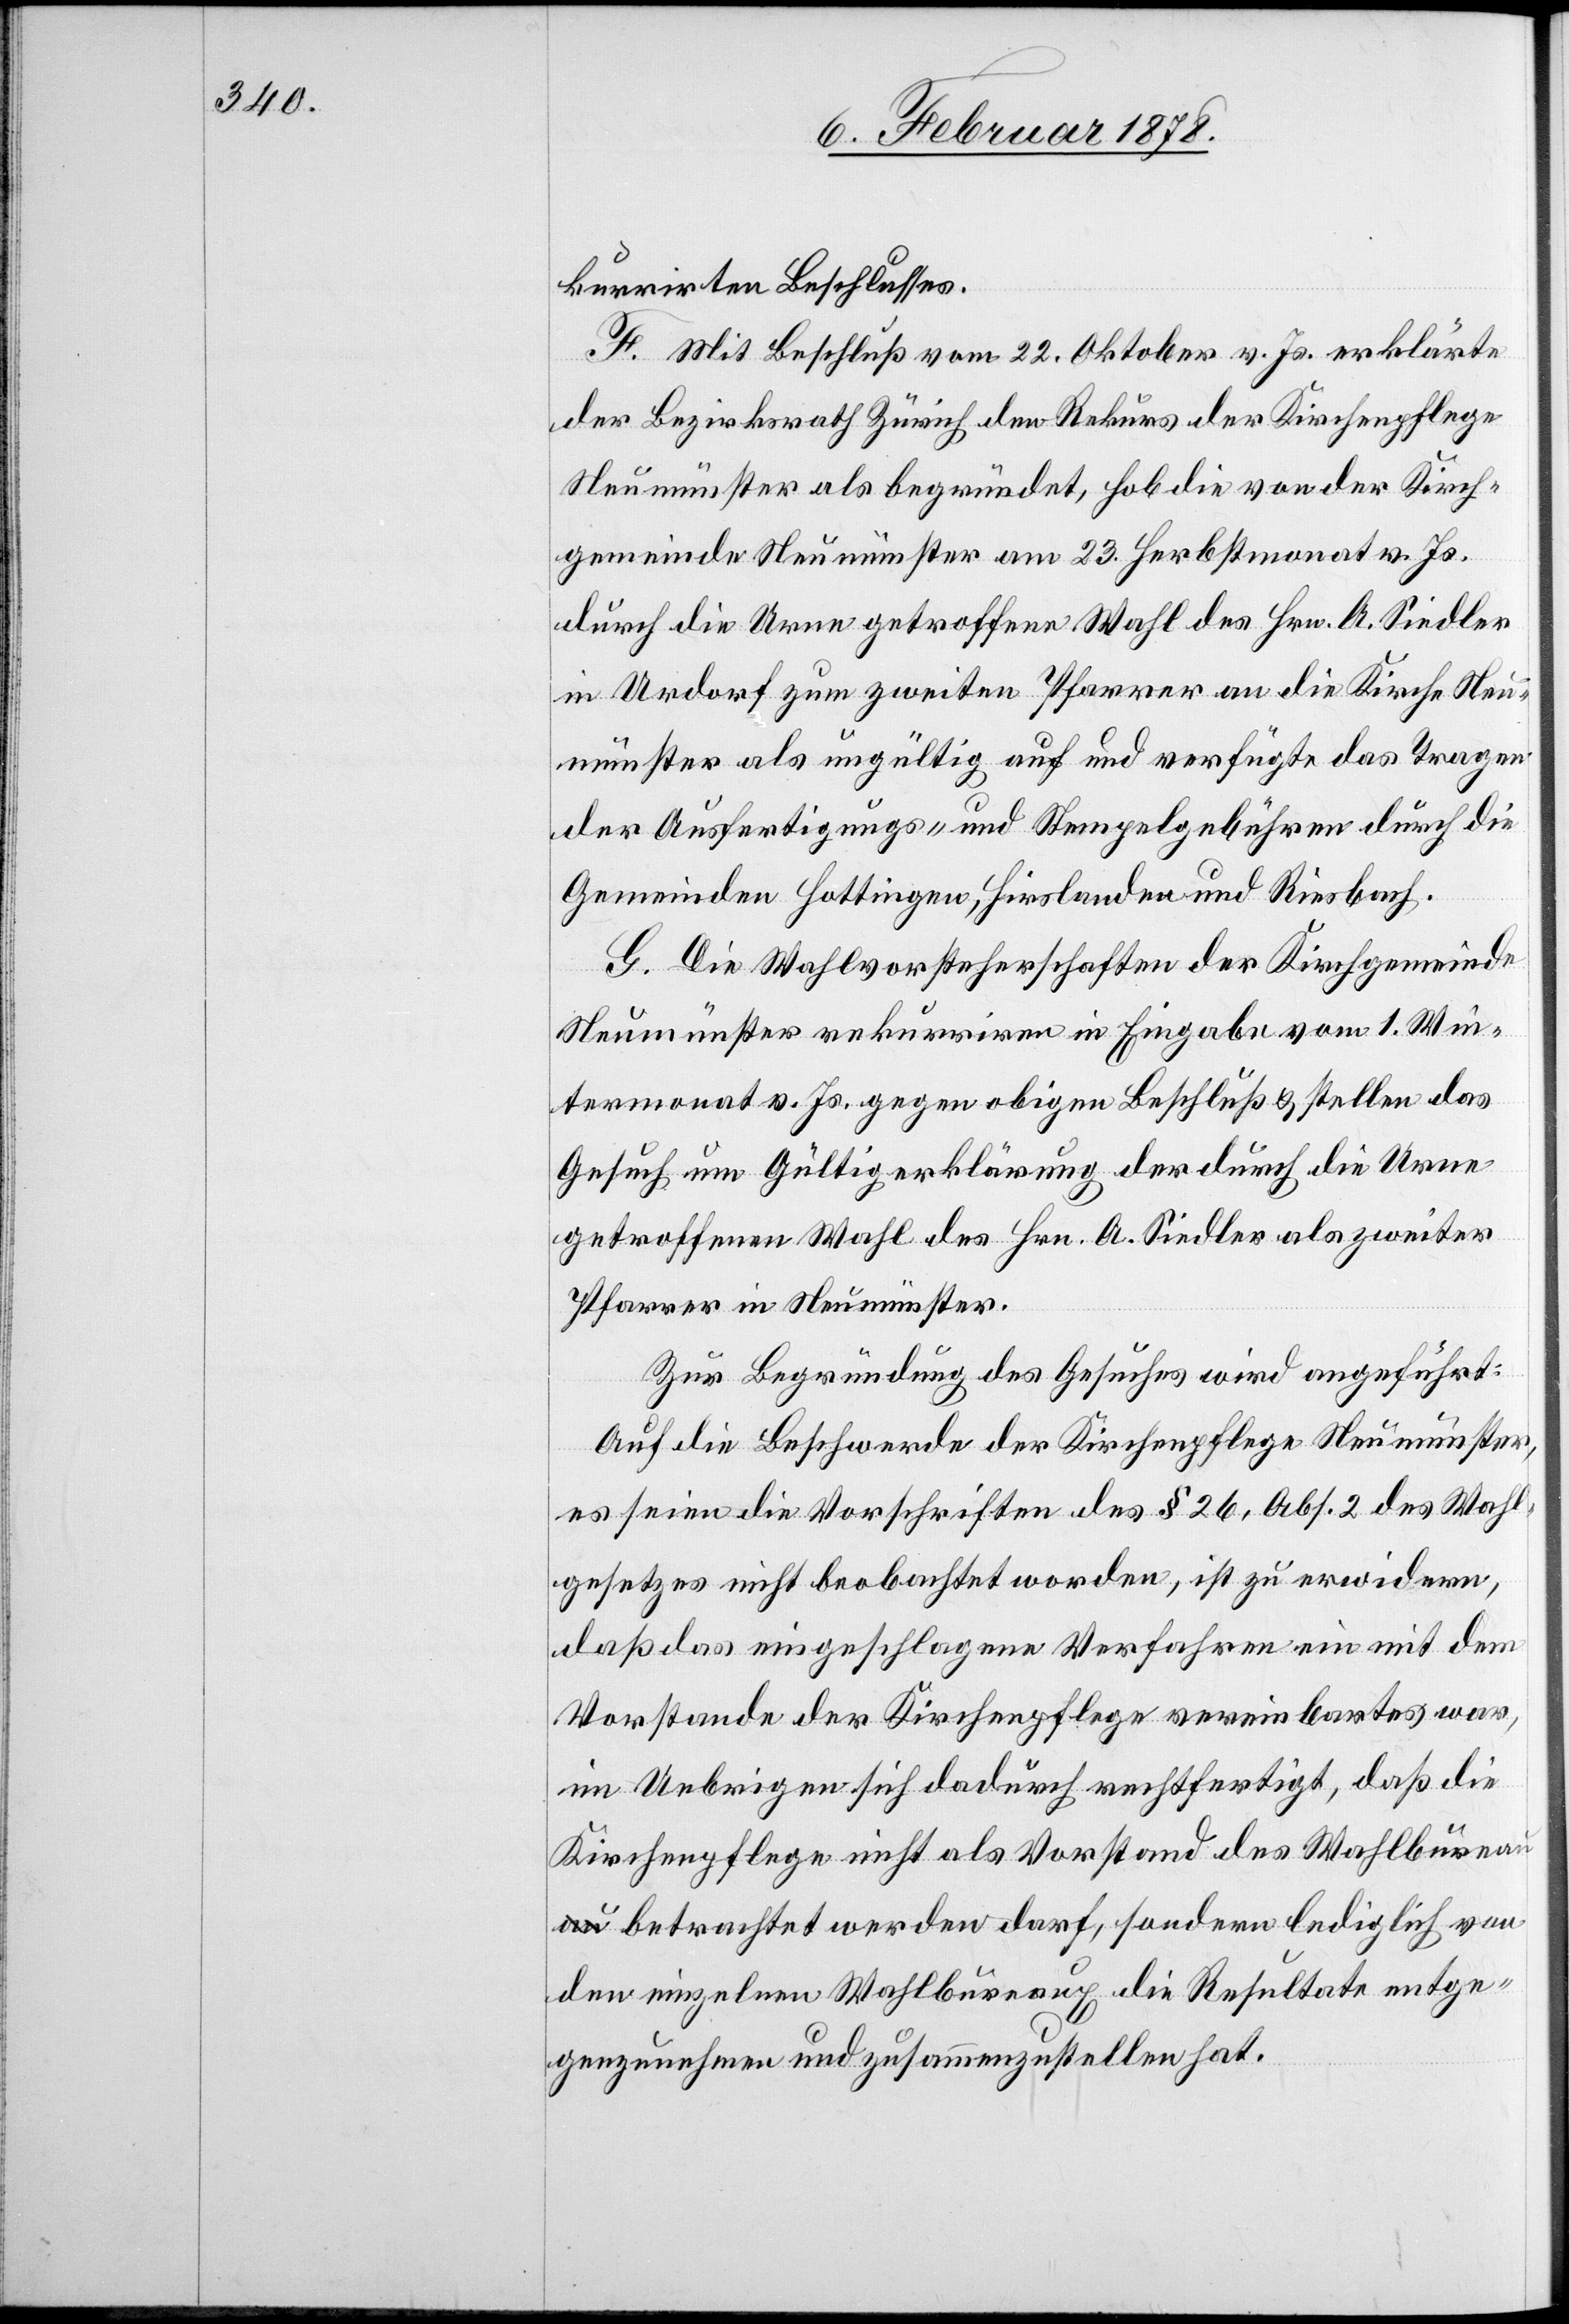
kurrirten Beschlusses.
F. Mit Beschluß vom 22. Oktober v. Js. erklärte
der Bezirksrath Zürich den Rekurs der Kirchenpflege
Neumünster als begründet, hob die von der Kirch¬
gemeinde Neumünster am 23. Herbstmonat v. Js.
durch die Urne getroffene Wahl des Hrn. A. Siedler
in Urdorf zum zweiten Pfarrer an die Kirche Neu¬
münster als ungültig auf und verfügte das Tragen
der Ausfertigungs- und Stempelgebühren durch die
Gemeinden Hottingen, Hirslanden und Riesbach.
G. Die Wahlvorsteherschaften der Kirchgemeinde
Neumünster rekurriren in Eingabe vom 1. Win¬
termonat v. Js. gegen obigen Beschluß & stellen das
Gesuch um Gültigerklärung der durch die Urne
getroffenen Wahl des Hrn. A. Siedler als zweiter
Pfarrer in Neumünster.
Zur Begründung des Gesuches wird angeführt:
Auf die Beschwerde der Kirchenpflege Neumünster,
es seien die Vorschriften des § 26, Abs. 2 des Wahl¬
gesetzes nicht beobachtet worden, ist zu erwiedern,
daß das eingeschlagene Verfahren ein mit dem
Vorstande der Kirchenpflege vereinbartes war,
im Uebrigen sich dadurch rechtfertigt, daß die
Kirchenpflege nicht als Vorstand des Wahlbürea¬
u betrachtet werden darf, sondern lediglich von
den einzelnen Wahlbureaux die Resultate entge¬
genzunehmen und zusammenzustellen hat.